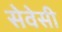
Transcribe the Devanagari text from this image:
सेवेसी